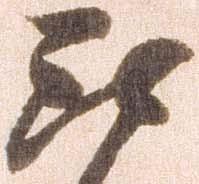
我